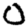
Digit: 0